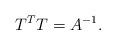
LaTeX: \begin{align*} T^T T = A^{-1}. \end{align*}